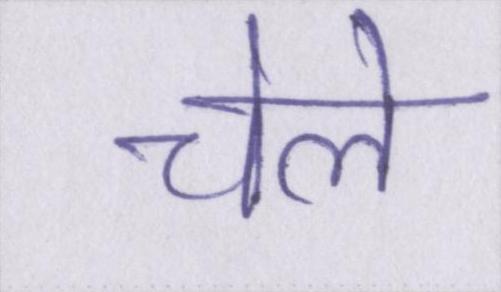
चेले